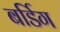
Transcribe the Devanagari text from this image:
बर्डिग